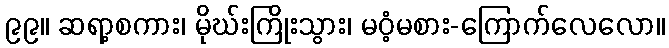
၉၉။ ဆရာ့စကား၊ မိုဃ်းကြိုးသွား၊ မဝံ့မစား-ကြောက်လေလော။